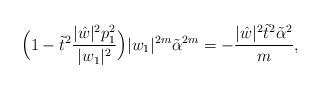
LaTeX: \begin{align*}\Big( 1- \tilde{t}^2 \frac{ \vert \hat{w} \vert^2 p_1^2}{\vert w_1 \vert^2} \Big)\vert w_1 \vert^{2m} {\tilde{\alpha}}^{2m} = - \frac{ \vert \hat{w} \vert^2 \tilde{t}^2 {\tilde{\alpha}}^2} {m},\end{align*}